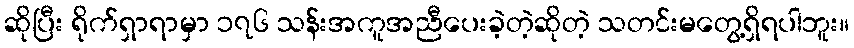
ဆိုပြီး ရိုက်ရှာရာမှာ ၁၇၆ သန်းအကူအညီပေးခဲ့တဲ့ဆိုတဲ့ သတင်းမတွေ့ရှိရပါဘူး။